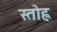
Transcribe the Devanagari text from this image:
स्तोह्ल